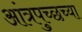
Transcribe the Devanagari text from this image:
आंत्रपुच्छच्या